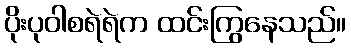
ပိုးပုဝါစရဲရဲက ထင်းကြွနေသည်။